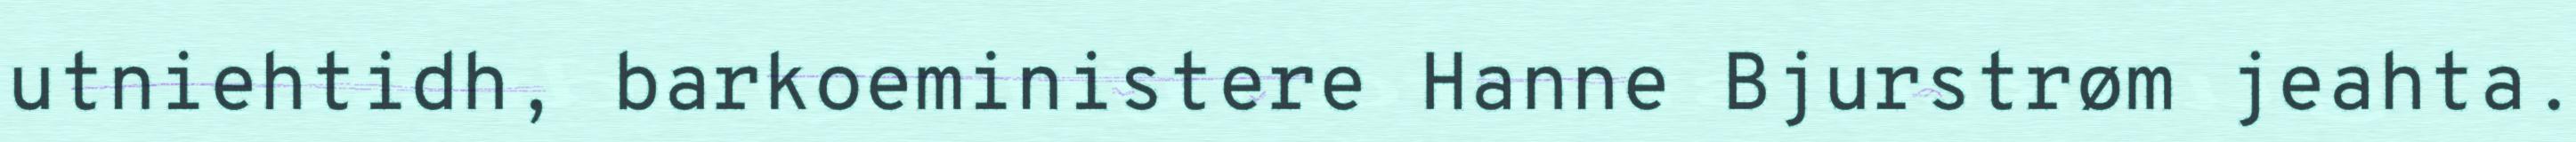
utniehtidh, barkoeministere Hanne Bjurstrøm jeahta.